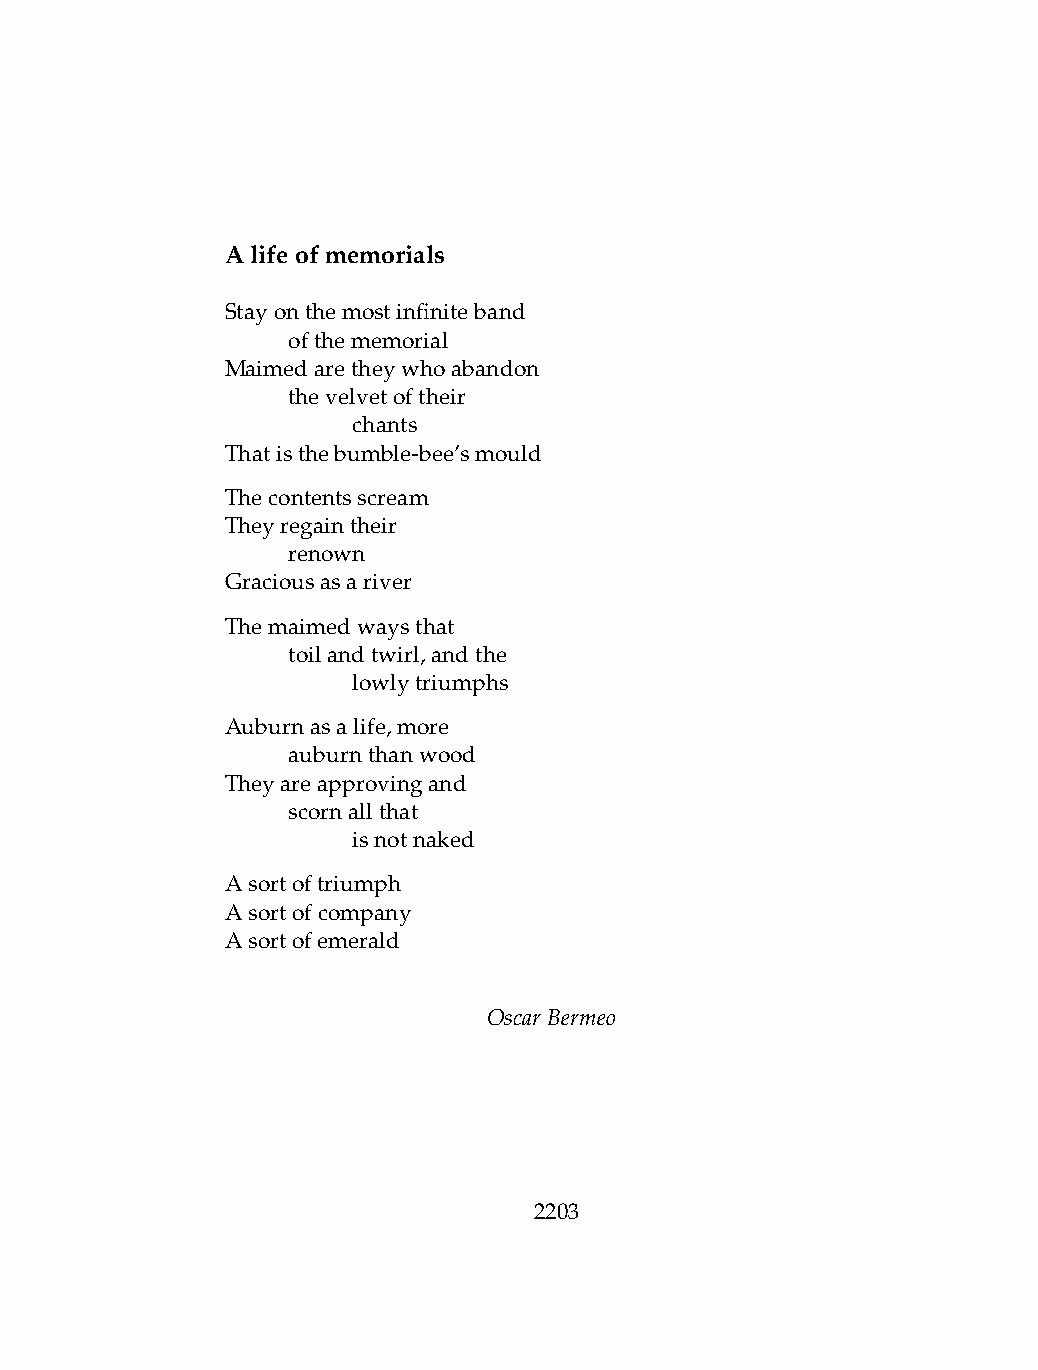
Alifeofmemorials
 Stayonthemostinfiniteband
 .   ofthememorial
 Maimedaretheywhoabandon
 .   thevelvetoftheir
 .   .   chants
 Thatisthebumble-bee’smould
 Thecontentsscream
 Theyregaintheir
 .   renown
 Graciousasariver
 Themaimedwaysthat
 .   toilandtwirl,andthe
 .   .   lowlytriumphs
 Auburnasalife,more
 .   auburnthanwood
 Theyareapprovingand
 .   scornallthat
 .   .   isnotnaked
 Asortoftriumph
 Asortofcompany
 Asortofemerald
 OscarBermeo
 2203